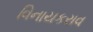
વિનાયકરાવ